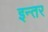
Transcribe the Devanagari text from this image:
इन्तर